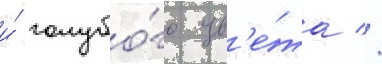
и́ голубо́го цв'е́та //